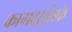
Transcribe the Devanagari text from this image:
कागदाईतके